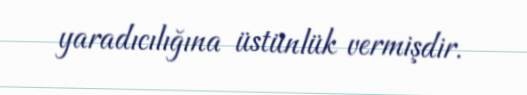
yaradıcılığına üstünlük vermişdir.